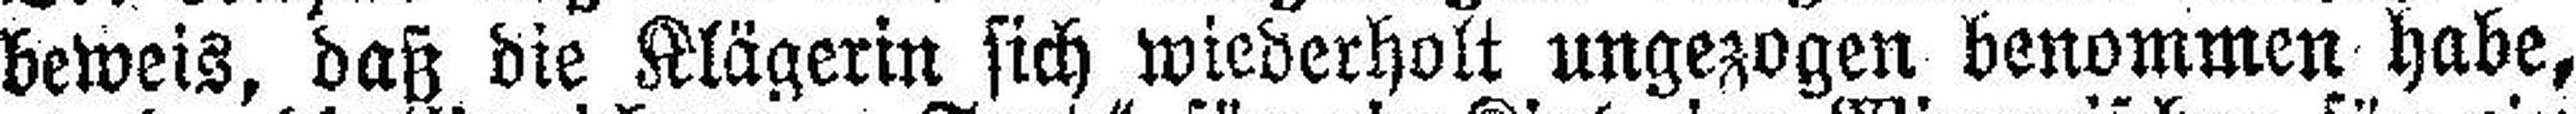
beweis, daß die Klägerin sich wiederholt ungezogen benommen habe,